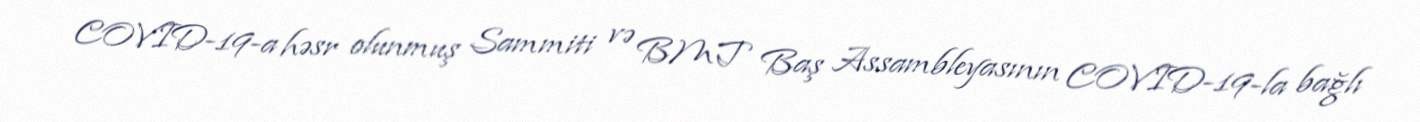
COVID-19-a həsr olunmuş Sammiti və BMT Baş Assambleyasının COVID-19-la bağlı